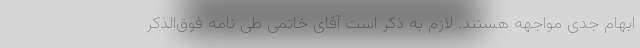
ابهام جدی مواجهه هستند. لازم به ذکر است آقای خاتمی طی نامه فوق‌الذکر